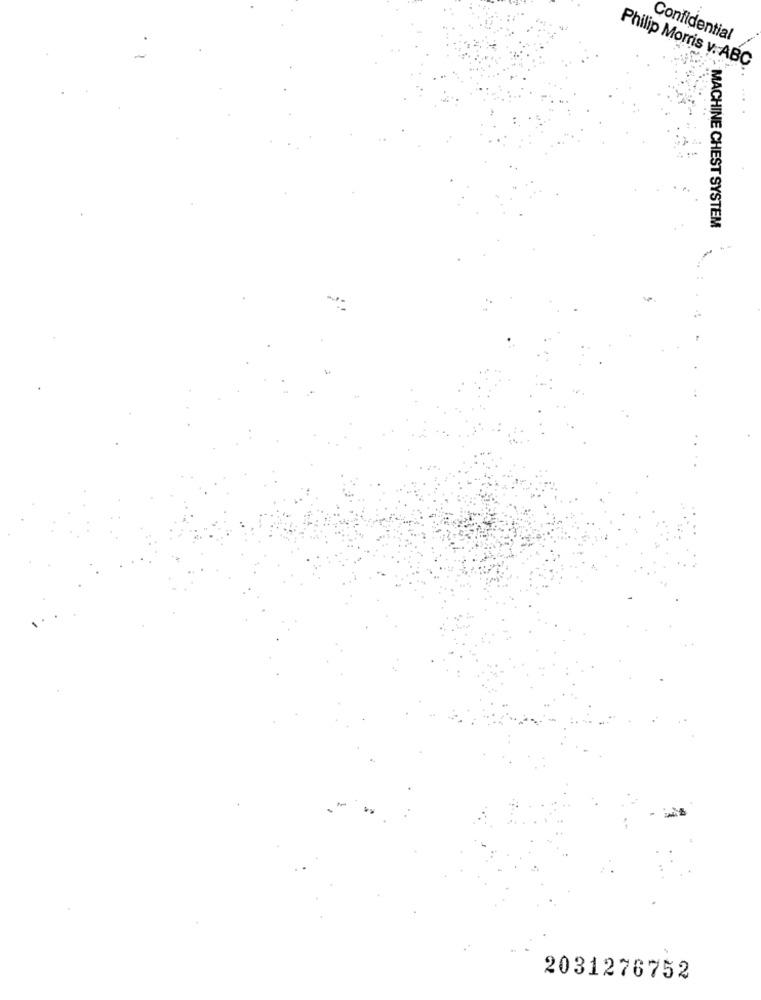
Confidential
Philip Morris v. ABC
MACHINE CHEST SYSTEM
2031276752